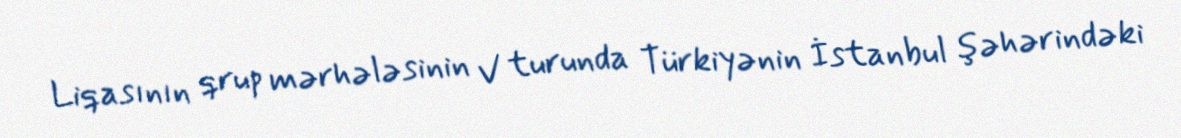
Liqasının qrup mərhələsinin V turunda Türkiyənin İstanbul şəhərindəki